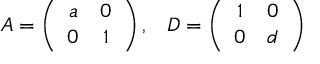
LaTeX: A = \left( \begin{array} { c c } { { a } } & { { 0 } } \\ { { 0 } } & { { 1 } } \end{array} \right) , \; \; \; D = \left( \begin{array} { c c } { { 1 } } & { { 0 } } \\ { { 0 } } & { { d } } \end{array} \right)